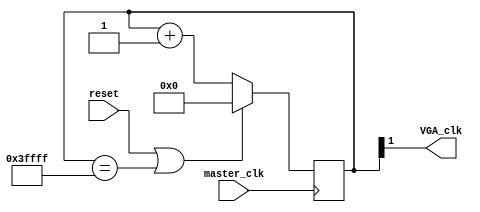
`timescale 1ns / 1ps
//////////////////////////////////////////////////////////////////////////////////
// Company: 
// Engineer: 
// 
// Design Name: 
// Module Name:    clk_reduce 
// Project Name: 
// Target Devices: 
// Tool versions: 
// Description: 
//
// Dependencies: 
//
// Revision: 
// Revision 0.01 - File Created
// Additional Comments: 
//

// here we have created the 25mhz clock signal that we need for the vga display


//////////////////////////////////////////////////////////////////////////////////
module clk_reduce(
	input master_clk, // input 100mHz
	output wire VGA_clk, //output 25mHz
	input wire reset
);

	
reg [17:0] counter;

	always@(posedge master_clk)
	begin
		
		if (reset == 1'b1| counter == 18'b111111111111111111)
		counter <= 18'b000000000000000000;
		//We use a 100 MHz clock and reduce it by half with every clock signal
		//the counter keeps track and gives us the clock signal we use for our project
		else 
		counter <= counter + 1'b1;
		
	end

assign VGA_clk = (counter[1]); // the 2nd least most sig. bit helps find the 25mHz clock signal


endmodule